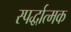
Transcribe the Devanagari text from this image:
स्पर्द्धात्मक